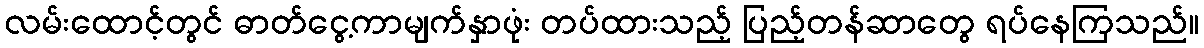
လမ်းထောင့်တွင် ဓာတ်ငွေ့ကာမျက်နှာဖုံး တပ်ထားသည့် ပြည့်တန်ဆာတွေ ရပ်နေကြသည်။